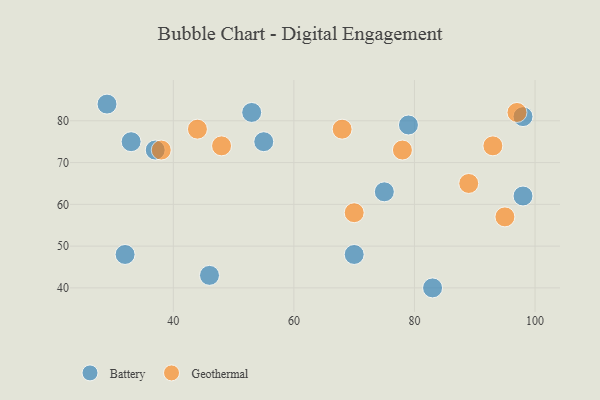
{"axis": {"x": "GDP", "y": "Life Expectancy"}, "legend": ["Battery", "Geothermal"], "data": [{"x": "29", "y": 84, "type": "Battery"}, {"x": "75", "y": 63, "type": "Battery"}, {"x": "53", "y": 82, "type": "Battery"}, {"x": "79", "y": 79, "type": "Battery"}, {"x": "98", "y": 62, "type": "Battery"}, {"x": "70", "y": 48, "type": "Battery"}, {"x": "32", "y": 48, "type": "Battery"}, {"x": "83", "y": 40, "type": "Battery"}, {"x": "37", "y": 73, "type": "Battery"}, {"x": "55", "y": 75, "type": "Battery"}, {"x": "33", "y": 75, "type": "Battery"}, {"x": "98", "y": 81, "type": "Battery"}, {"x": "46", "y": 43, "type": "Battery"}, {"x": "97", "y": 82, "type": "Geothermal"}, {"x": "93", "y": 74, "type": "Geothermal"}, {"x": "44", "y": 78, "type": "Geothermal"}, {"x": "78", "y": 73, "type": "Geothermal"}, {"x": "68", "y": 78, "type": "Geothermal"}, {"x": "48", "y": 74, "type": "Geothermal"}, {"x": "38", "y": 73, "type": "Geothermal"}, {"x": "89", "y": 65, "type": "Geothermal"}, {"x": "95", "y": 57, "type": "Geothermal"}, {"x": "70", "y": 58, "type": "Geothermal"}]}